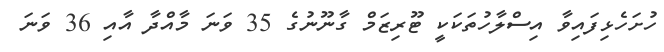
ހުށަހެޅިފައިވާ އިސްލާހުތަކަކީ ޓޫރިޒަމް ގާނޫނުގެ 35 ވަނަ މާއްދާ އާއި 36 ވަނަ